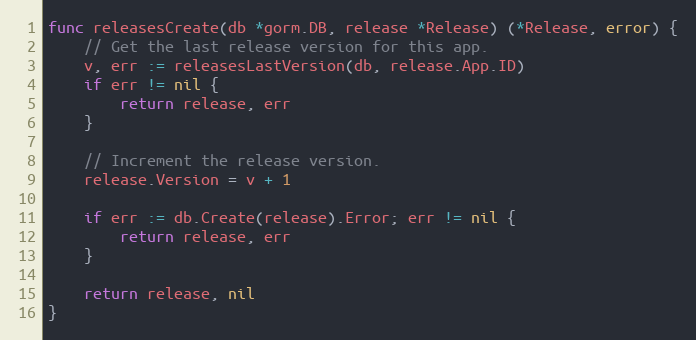
Language: Go
func releasesCreate(db *gorm.DB, release *Release) (*Release, error) {
	// Get the last release version for this app.
	v, err := releasesLastVersion(db, release.App.ID)
	if err != nil {
		return release, err
	}

	// Increment the release version.
	release.Version = v + 1

	if err := db.Create(release).Error; err != nil {
		return release, err
	}

	return release, nil
}